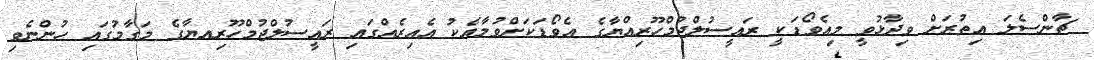
ޗާންސެލަ އިތުރަށް ވިދާޅުވީ މިއެވޯޑަކީ ރައީސުލްޖުމްހޫރިއްޔާގެ އެވޯޑަކަށްވުމާއެކު އެއިރެއްގައި ރައީސުލްޖުމްހޫރިއޔާގެ މަގާމުގައި ހުންނެވި